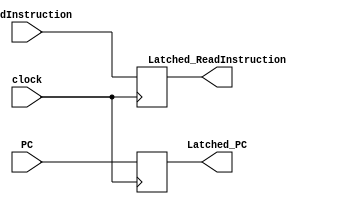
`timescale 1ns / 1ps
//////////////////////////////////////////////////////////////////////////////////
// Company: EECS 581 Team 11
// 
// Design Name: 
// Module Name: latch_ifid
// Project Name: 
// Target Devices: 
// Tool Versions: 
// Description: Latch to separate Instruction Fetch and Instruction Decode 
// stages of the RISC-V 5-stage pipeline.
// 
// Dependencies: 
// 
// Revision:
// Revision 0.01 - File Created
// Additional Comments:
// 
//////////////////////////////////////////////////////////////////////////////////


module latch_ifid(
    input clock,
    input [31:0] ReadInstruction,
    input [31:0] PC,
    output [31:0] Latched_ReadInstruction,
    output [31:0] Latched_PC
    );
    reg [31:0] ri_tmp; // read instruction
    reg [31:0] pc_tmp; // program counter
    assign Latched_ReadInstruction = ri_tmp; 
    assign Latched_PC = pc_tmp;
    always @(negedge clock) begin
        ri_tmp = ReadInstruction;
        pc_tmp = PC;
    end
endmodule